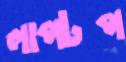
লাপটপ